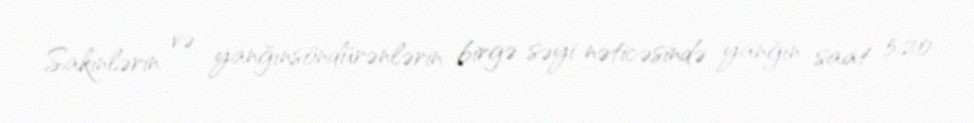
Sakinlərin və yanğınsöndürənlərin birgə səyi nəticəsində yanğın saat 5:20